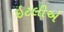
ઇટલીએ